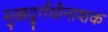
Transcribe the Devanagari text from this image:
मुखदुर्गंधीनाशक